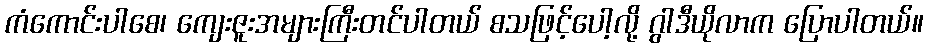
ကံကောင်းပါစေ၊ ကျေးဇူးအများကြီးတင်ပါတယ် စသဖြင့်ပေါ့လို့ ဂွါဒီယိုလာက ပြောပါတယ်။